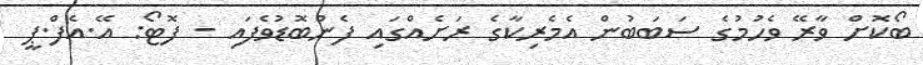
ބޯކޮށް ވާރޭ ވެހުމުގެ ސަބަބުން އެމެރިކާގެ ރަށެއްގައި ފެންބޮޑުވެފައި - ފޮޓޯ: އޭ.އެފް.ޕީ